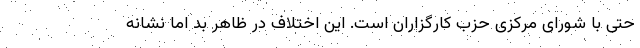
حتی با شورای مرکزی حزب کارگزاران است. این اختلاف در ظاهر بد اما نشانه